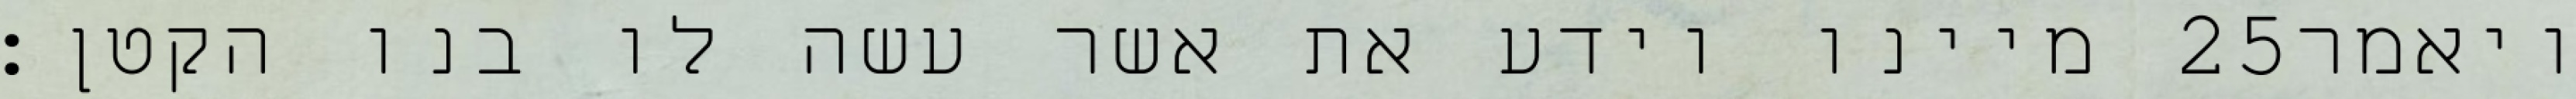
מיינו וידע את אשר עשה לו בנו הקטן׃ ‎25‏ ויאמר